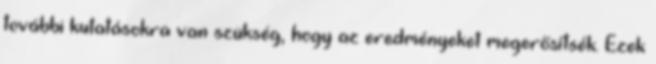
további kutatásokra van szükség, hogy az eredményeket megerősítsék. Ezek